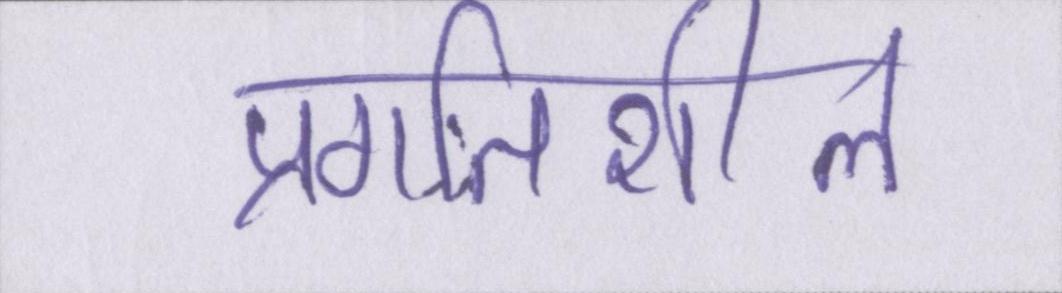
प्रगतिशील